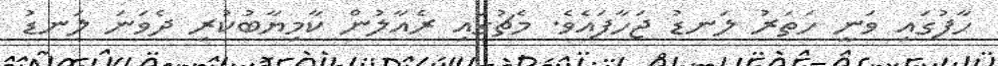
ހާފުގައި ވަނީ ހަތަރު ލަނޑު ޖަހާފައެވެ. މެޗުގައި ރެއާލުން ކާމިޔާބުކުރި ދެވަނަ ލަނޑު